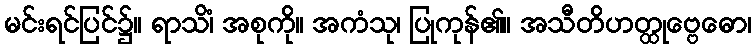
မင်းရင်ပြင်၌။ ရာသိံ၊ အစုကို။ အကံသု၊ ပြုကုန်၏။ အသီတိဟတ္ထုဗ္ဗေဓော၊